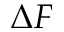
\Delta F